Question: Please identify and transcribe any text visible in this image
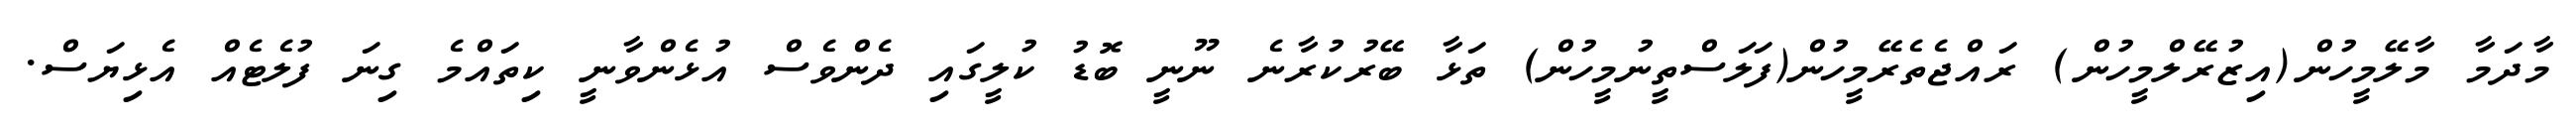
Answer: މާދަމާ މާލޭމީހުން(އިޒުރޭލްމީހުން) ރައްޖެތެރޭމީހުން(ފަލަސްތީނުމީހުން) ތަޅާ ބޭރުކުރާނެ ނޫނީ ބޮޑު ކުލީގައި ދެންވެސް އުޅެންވާނީ ކިތައްމެ ގިނަ ފުލެޓެއް އެޅިޔަސް.